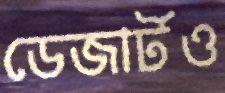
ডেজার্টও